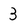
Character: 3